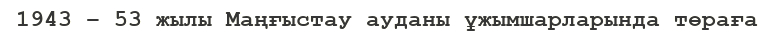
1943 – 53 жылы Маңғыстау ауданы ұжымшарларында төраға